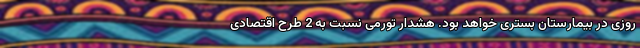
روزی در بیمارستان بستری خواهد بود. هشدار تورمی نسبت به 2 طرح اقتصادی